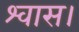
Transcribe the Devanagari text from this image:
श्वास।